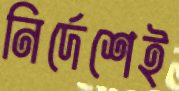
নির্দেশেই